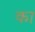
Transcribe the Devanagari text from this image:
का